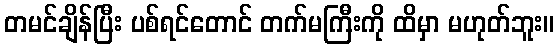
တမင်ချိန်ပြီး ပစ်ရင်တောင် တက်မကြီးကို ထိမှာ မဟုတ်ဘူး။